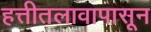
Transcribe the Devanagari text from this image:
हत्तीतलावापासून